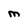
Character: M